Indian journal of veterinary science and animal husbandry - Volumes 24-25, 1954-1955
Year: 1954
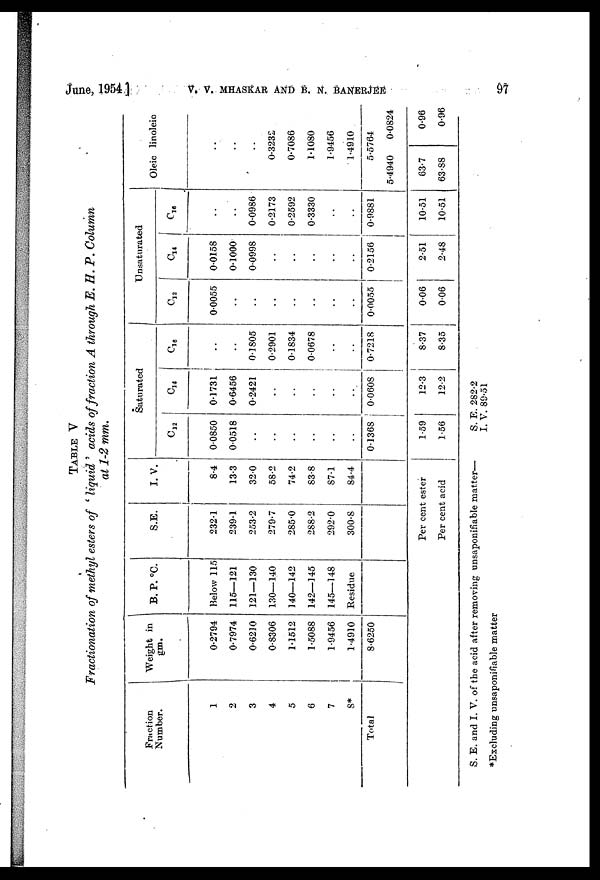
June, 1954 ]
V.
V.
MHASKAR
AND
B.
N.
BANERJEE
97
TABLE V
Fractionation of methyl esters of 'liquid' acids of fraction A through E. H. P. Column
at 1-2 mm.
Fraction
Number.
1
2
3
4
5
6
7
8*
Total
Weight in
gm.
0.2794
0.7974
0.6210
0.8306
1.1512
1.5088
1.9456
1.4910
8.6250
B. P. °C.
Below 115
115—121
121—130
130—140
140—142
142—145
145_148
Residue
S.E.
232.1
239.1
253.2
279.7
285.0
288.2
292.0
300.8
I. V.
8.4
13.3
32.0
58.2
74.2
83.8
87.1
84.4
Per cent ester
Per cent acid
Saturated
C 12
0.0850
0.0518
..
..
..
..
..
..
0.1368
1.59
1.56
C 14
0.1731
0.6456
0.2421
..
..
..
..
..
0.0608
12.3
12.2
C16
..
..
0.1805
0.2901
0.1834
0.0678
..
..
0.7218
8.37
8.35
Unsaturated
C 12
0.0055
..
..
..
..
..
..
..
0.0055
0.06
0.06
C 14
0.0158
0.1000
0.0998
..
..
..
..
..
0.2156
2.51
2.48
C 16
..
..
0.0986
0.2173
0.2592
0.3330
..
..
0.9881
10.51
10.51
Oleic linoleic
..
..
..
0.3232
0.7086
1.1080
1.9456
1.4910
5.5764
5.4940
63.7
63.88
0.0824
0.96
0.96
S. E. and I. V. of the acid after removing unsaponifiable matter—
S. E. 282.2
I. V. 89.51
*Excluding unsaponifiable matter